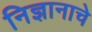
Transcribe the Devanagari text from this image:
निज्ञानाचे